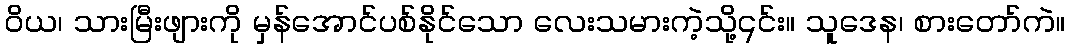
ဝိယ၊ သားမြီးဖျားကို မှန်အောင်ပစ်နိုင်သော လေးသမားကဲ့သို့၎င်း။ သူဒေန၊ စားတော်ကဲ။